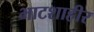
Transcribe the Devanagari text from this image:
भाटशाहीर